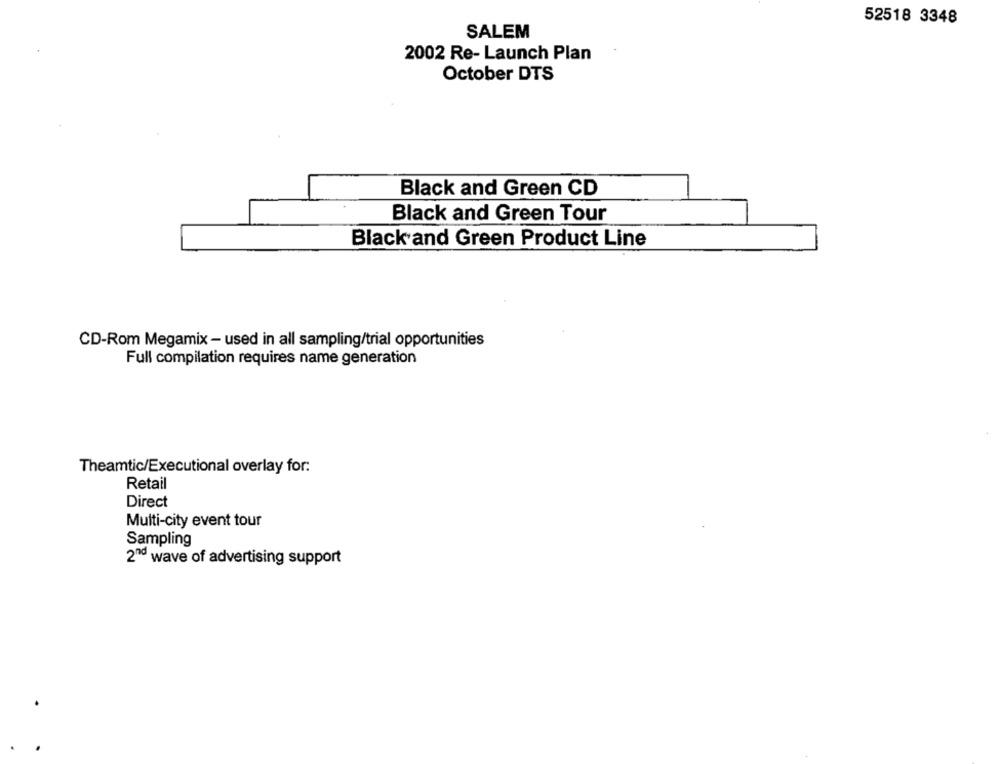
52518 3348
SALEM
2002 Re- Launch Plan
October DTS
Black and Green CD
Black and Green Tour
Black and Green Product Line
CD-Rom Megamix - used in all sampling/trial opportunities
Full compilation requires name generation
Theamtic/Executional overlay for:
Retail
Direct
Multi-city event tour
Sampling
2nd wave of advertising support